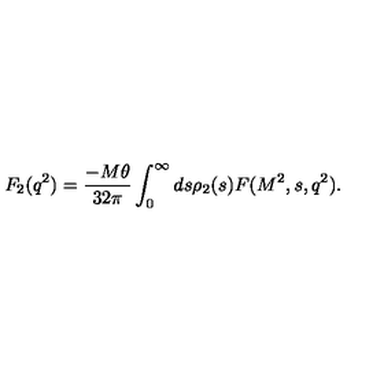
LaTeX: F _ { 2 } ( q ^ { 2 } ) = { \frac { - M \theta } { 3 2 \pi } } \int _ { 0 } ^ { \infty } d s \rho _ { 2 } ( s ) F ( M ^ { 2 } , s , q ^ { 2 } ) .